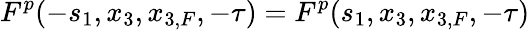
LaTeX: F^{p}(-s_{1},x_{3},x_{3,F},-\tau)=F^{p}(s_{1},x_{3},x_{3,F},-\tau)